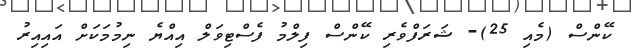
ކޭންސް (މެއި 25)- ޝަރަފްވެރި ކޭންސް ފިލްމު ފެސްޓިވަލް އިއްޔެ ނިމުމަކަށް އައިއިރު